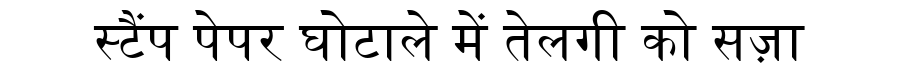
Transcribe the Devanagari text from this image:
स्टैंप पेपर घोटाले में तेलगी को सज़ा